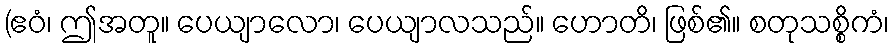
(ဧဝံ၊ ဤအတူ။ ပေယျာလော၊ ပေယျာလသည်။ ဟောတိ၊ ဖြစ်၏။ စတုသစ္စိကံ၊